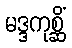
မဒ္ဒကုစ္ဆိံ